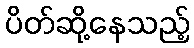
ပိတ်ဆို့နေသည့်